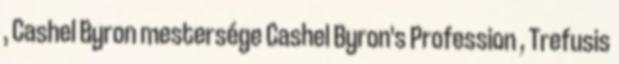
, Cashel Byron mestersége Cashel Byron's Profession , Trefusis